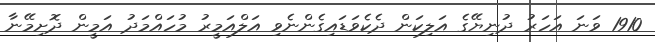
1910 ވަނަ އަހަރު ދުނިޔޭގެ އަލިކަން ދެކެވަޑައިގެންނެވި އަލްއަމީރު މުހައްމަދު އަމީން ދޮށިމޭނާ